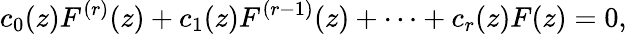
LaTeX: c_{0}(z)F^{(r)}(z)+c_{1}(z)F^{(r-1)}(z)+\cdots+c_{r}(z)F(z)=0,